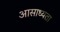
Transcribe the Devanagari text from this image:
आसाध्यता